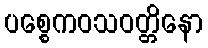
ပစ္စေကဝသဝတ္တိနော